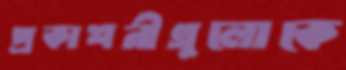
প্রকাশনীগুলোকে